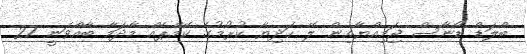
ބްލަޑް ޑޯނާސް ޖަމިއްޔާއިން ލޭ ހަދިޔާ ކުރުމުގެ ކޭމްޕެއް މާދަމާ ބާއްވަނީ 27